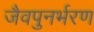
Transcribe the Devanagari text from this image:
जैवपुनर्भरण